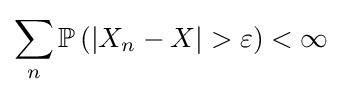
\sum _{n}\mathbb {P} \left(|X_{n}-X|>\varepsilon \right)<\infty